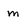
Character: m